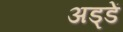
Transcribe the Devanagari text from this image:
अड्डें